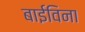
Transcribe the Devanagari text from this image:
बाईविना